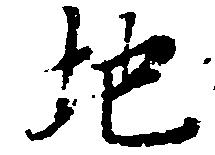
地